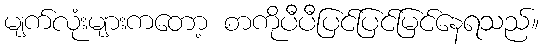
မျက်လုံးများကတော့ စာကိုပီပီပြင်ပြင်မြင်နေရသည်။